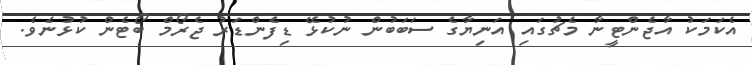
އެކަމަކު އާޖެންޓީނާ މެޗުގައި އަނިޔާގެ ސަބަބުން ނުކުޅޭ ޑިފެންޑަރު ޖެރޯމް ބޯޓެން ކުޅުނެވެ.